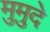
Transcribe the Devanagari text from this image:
मुमुदे